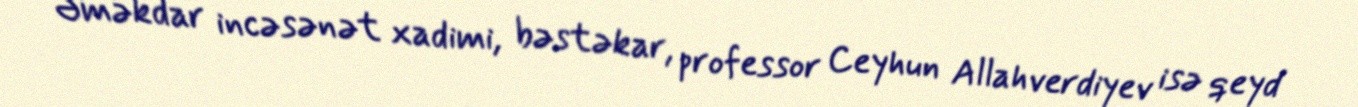
Əməkdar incəsənət xadimi, bəstəkar, professor Ceyhun Allahverdiyev isə qeyd